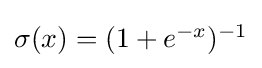
{\textstyle \sigma (x)=(1+e^{-x})^{-1}}